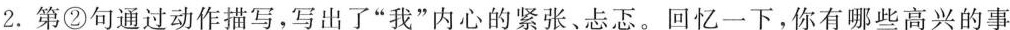
2.第②句通过动作描写，写出了”我”内心的紧张、忐忑。回忆一下，你有哪些高兴的事